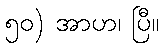
၅၀) အာဟ၊ ပြီ။